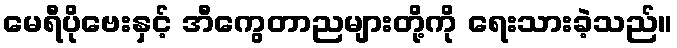
မေရီပိုဗေးနှင့် အီကွေတာညများတို့ကို ရေးသားခဲ့သည်။